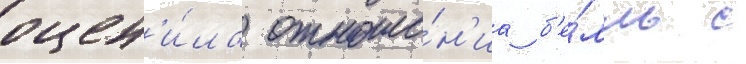
оцен'и́ла отноше́н'иа б'е́лль с